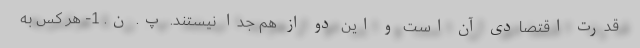
قدرتِ اقتصادی آن است و این دو از هم جدا نیستند. پ. ن. 1- هر کس به